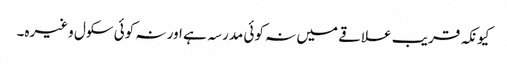
کیونکہ قریب علاقے میں نہ کوئی مدرسہ ہے اور نہ کوئی سکول وغیرہ۔